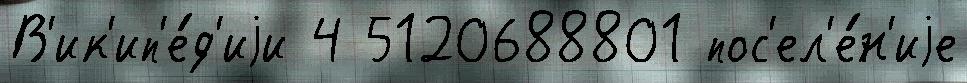
В'ик'ип'е́д'иjи 4 5120688801 пос'ел'е́н'иjе